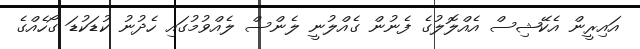
އައިރީން އެކޭޝިސް އެއްލޮލުގެ ފެނުން ގެއްލުނީ ލެންސް ލެއްވުމުގައި ހެދުނު ކުޑަކުޑަ ގޯހެއްގެ